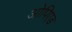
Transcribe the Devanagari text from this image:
ओपिएड